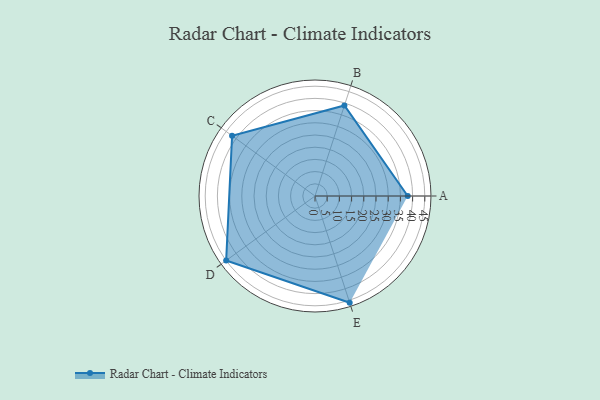
{"axis": {"x": "Skill", "y": "Score"}, "legend": ["Profile"], "data": [{"x": "A", "y": 38.0, "type": "Profile"}, {"x": "B", "y": 39.0, "type": "Profile"}, {"x": "C", "y": 42.0, "type": "Profile"}, {"x": "D", "y": 45.0, "type": "Profile"}, {"x": "E", "y": 46.0, "type": "Profile"}]}